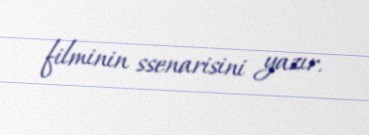
filminin ssenarisini yazır.